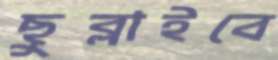
ছুব্‌লাইবে